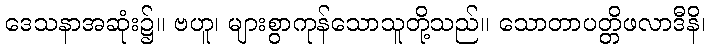
ဒေသနာအဆုံး၌။ ဗဟူ၊ များစွာကုန်သောသူတို့သည်။ သောတာပတ္တိဖလာဒီနိ၊